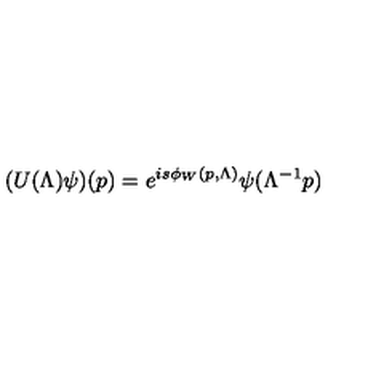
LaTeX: ( U ( \Lambda ) \psi ) ( p ) = e ^ { i s \phi _ { W } ( p , \Lambda ) } \psi ( \Lambda ^ { - 1 } p )